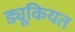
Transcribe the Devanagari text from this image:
ड्यूकियत